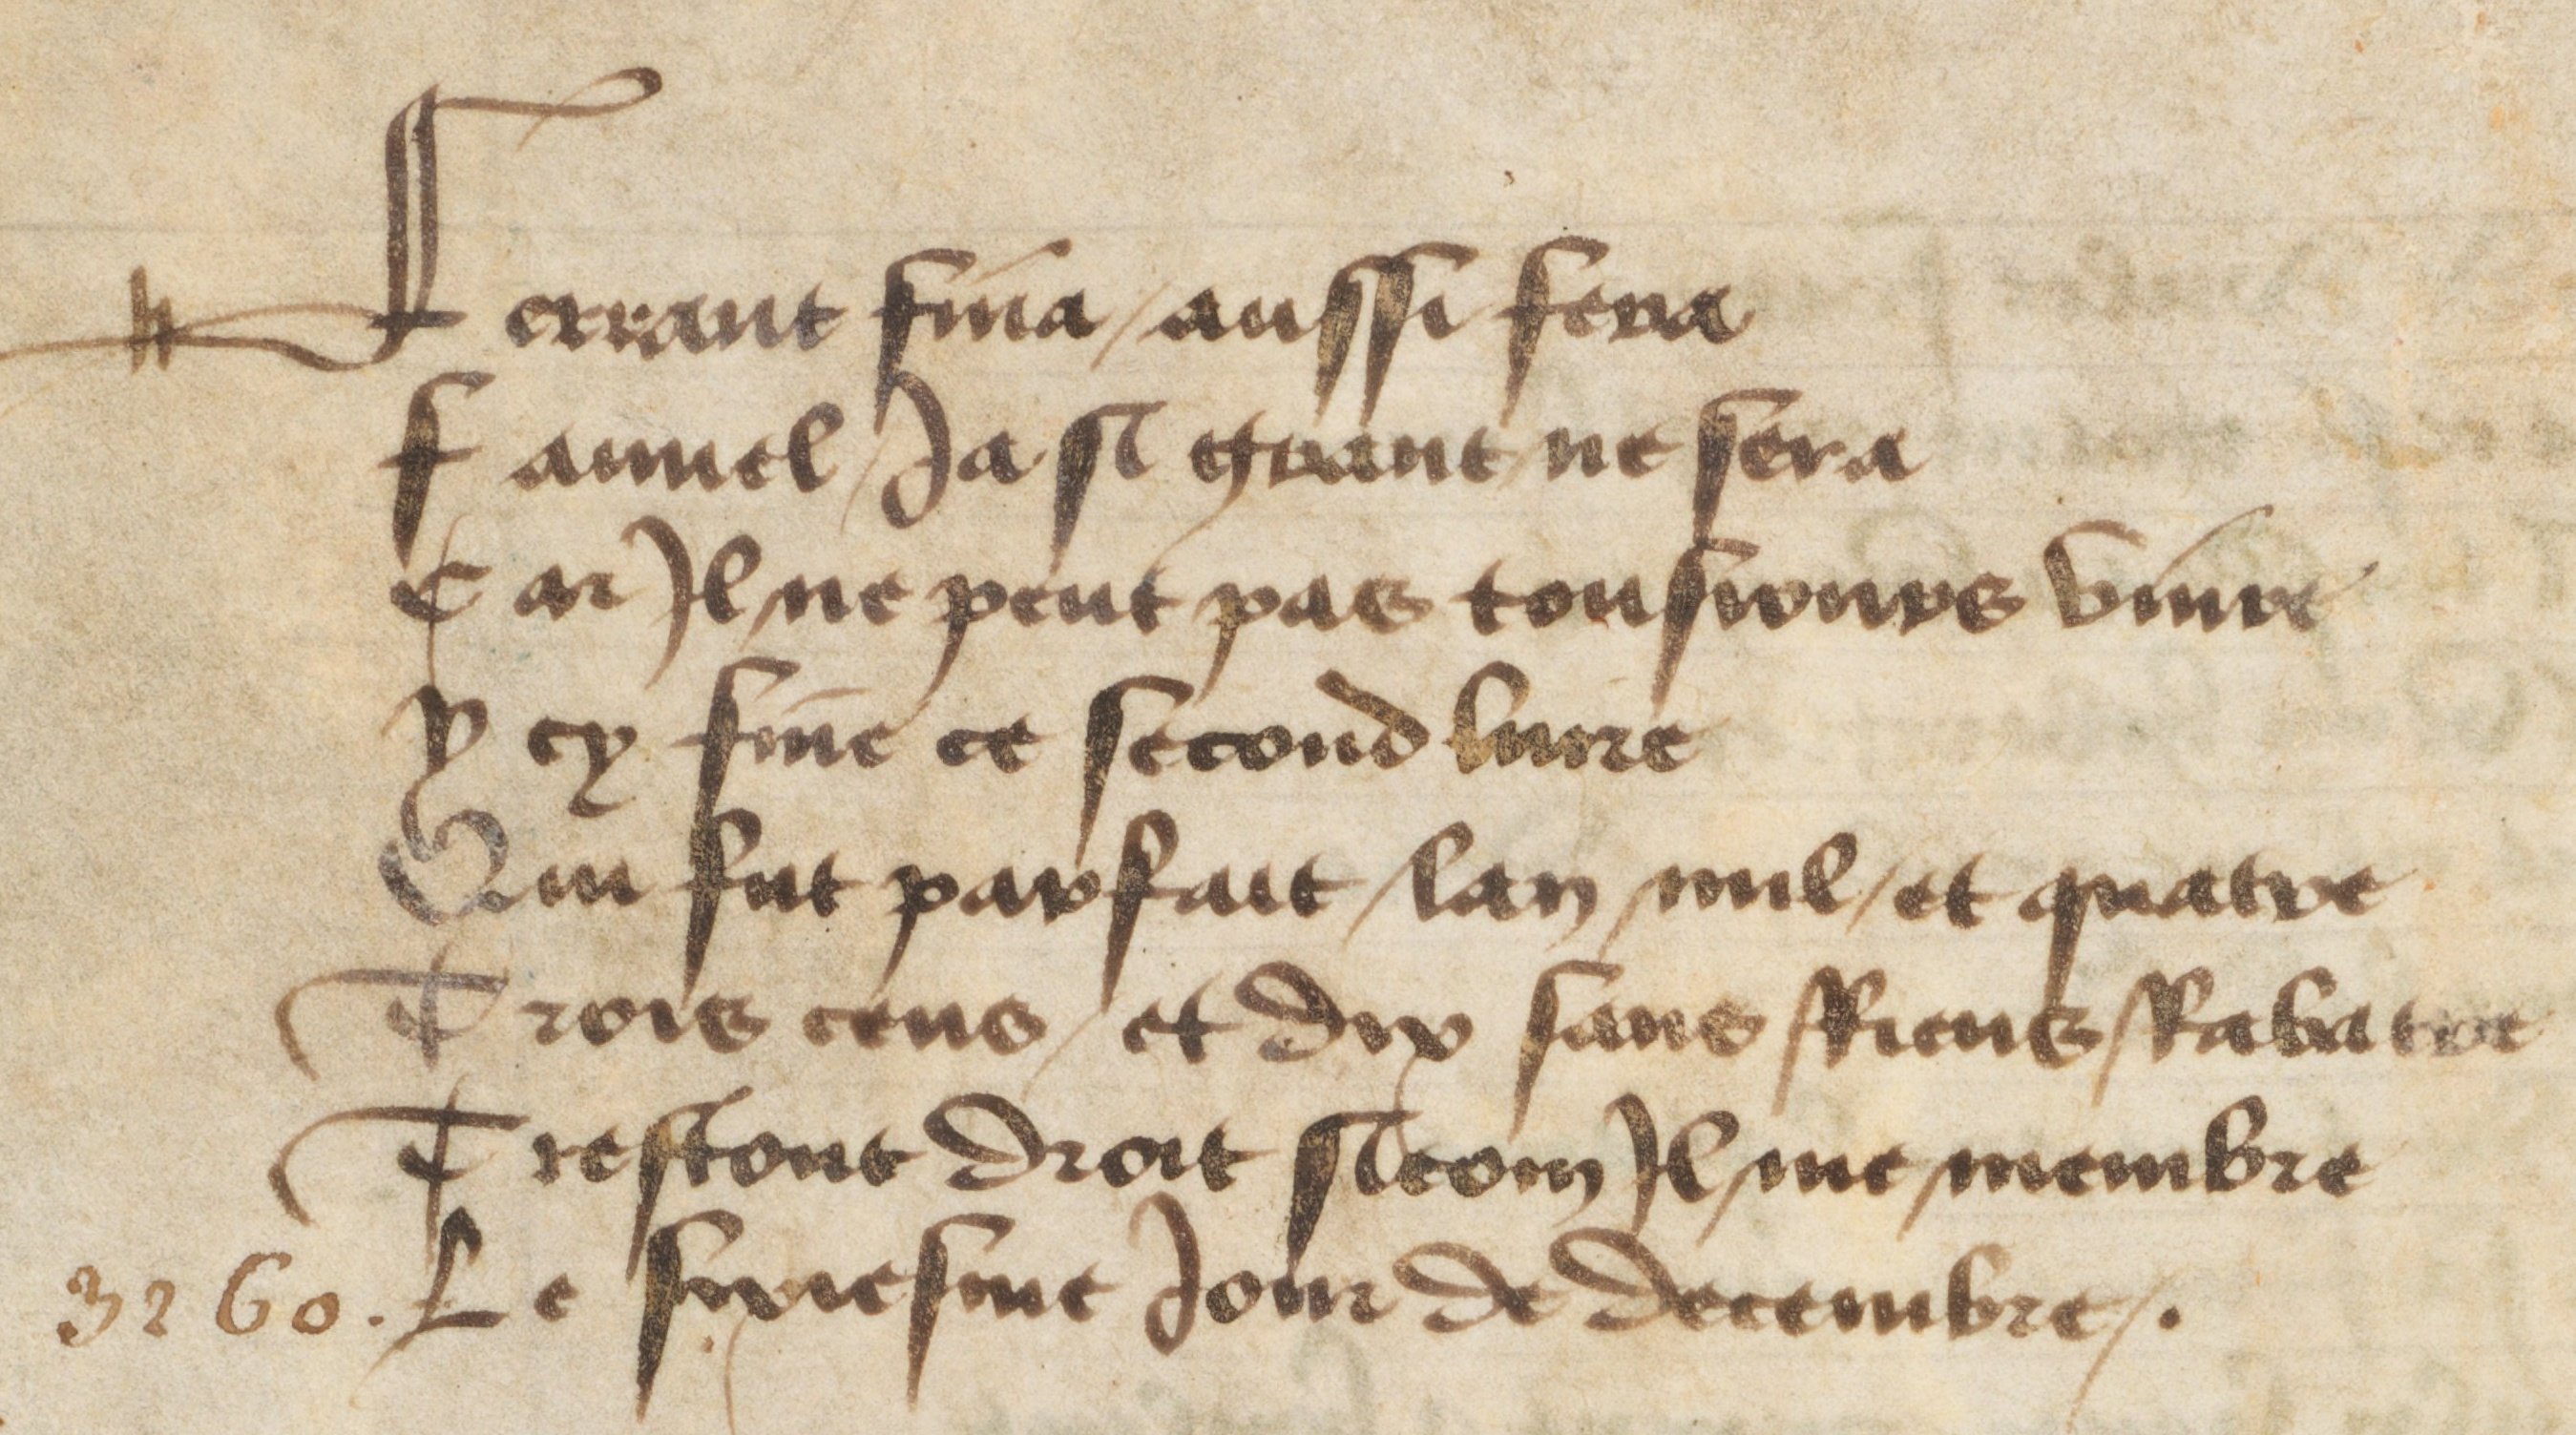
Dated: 1400–1499